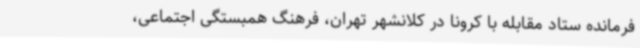
فرمانده ستاد مقابله با کرونا در کلانشهر تهران، فرهنگ همبستگی اجتماعی،